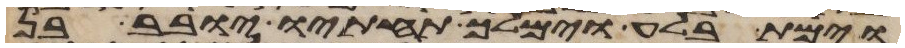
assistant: וימת בלע וימלך תחתיו יובב בן